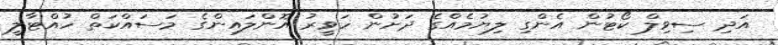
އަދި ސިވިލް ކޯޓުން އެންގި ލިޔުމެއްގެ ދަށުން ހަވީރު އޮންލައިންގެ މަސައްކަތް ހުއްޓާލީ